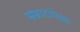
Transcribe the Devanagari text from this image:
सम्राटांपेक्षा